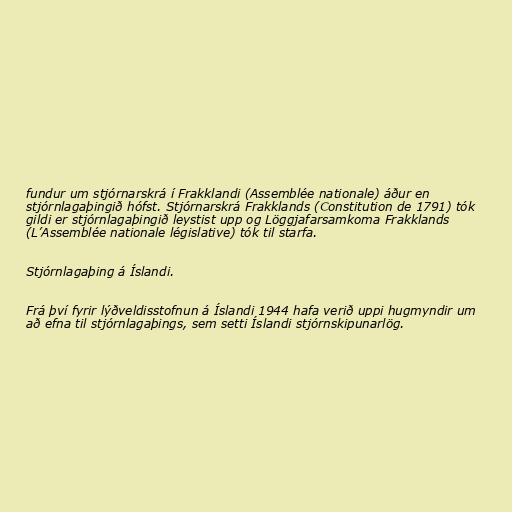
fundur um stjórnarskrá í Frakklandi (Assemblée nationale) áður en
stjórnlagaþingið hófst. Stjórnarskrá Frakklands (Constitution de 1791) tók
gildi er stjórnlagaþingið leystist upp og Löggjafarsamkoma Frakklands
(L’Assemblée nationale législative) tók til starfa.

Stjórnlagaþing á Íslandi.

Frá því fyrir lýðveldisstofnun á Íslandi 1944 hafa verið uppi hugmyndir um
að efna til stjórnlagaþings, sem setti Íslandi stjórnskipunarlög.